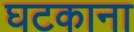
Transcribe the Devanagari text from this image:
घटकाना